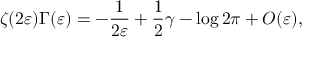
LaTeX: \zeta ( 2 \varepsilon ) \Gamma ( \varepsilon ) = - \frac 1 { 2 \varepsilon } + \frac 1 2 \gamma - \log 2 \pi + O ( \varepsilon ) ,